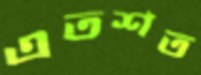
এতশত